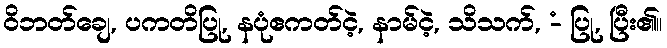
ဝိဘတ်ချေ, ပကတိပြု, နပုံဧကတ်ငဲ့, နာမ်ငဲ့, သိသက်, -ံ ပြု, ပြီး၏။